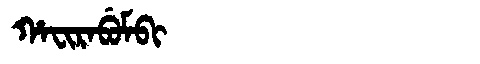
Manchu: ᡥᠠᠸᡳᡵᠠᠪᡠᠮᠪᡳ
Romanization: HAFIRABUMBI